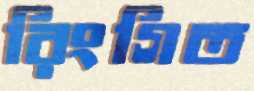
রিংগিত